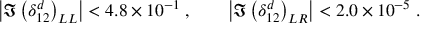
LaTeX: \left| \Im \left( \delta _ { 1 2 } ^ { d } \right) _ { L L } \right| < 4 . 8 \times 1 0 ^ { - 1 } \; , \qquad \left| \Im \left( \delta _ { 1 2 } ^ { d } \right) _ { L R } \right| < 2 . 0 \times 1 0 ^ { - 5 } \; .